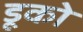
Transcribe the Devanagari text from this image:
डूको